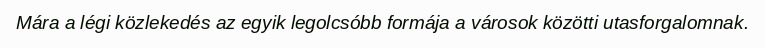
Mára a légi közlekedés az egyik legolcsóbb formája a városok közötti utasforgalomnak.